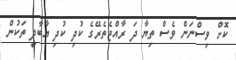
ކޮށް ވިސްނަން ވެސް ތިޔާ ދަ ރާއްޖެތެރޭގެ ކުދި ކުދި އާބާދީ ތަކުން